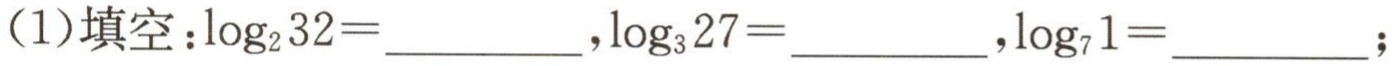
(1)填空：\(\log_{2}32 = \underline{\qquad\qquad},\log_{3}27 = \underline{\qquad\qquad},\log_{7}1 = \underline{\qquad\qquad}\);